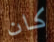
كان